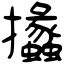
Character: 攭